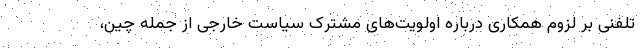
تلفنی بر لزوم همکاری درباره اولویت‌های مشترک سیاست خارجی از جمله چین،